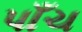
પાઁચ